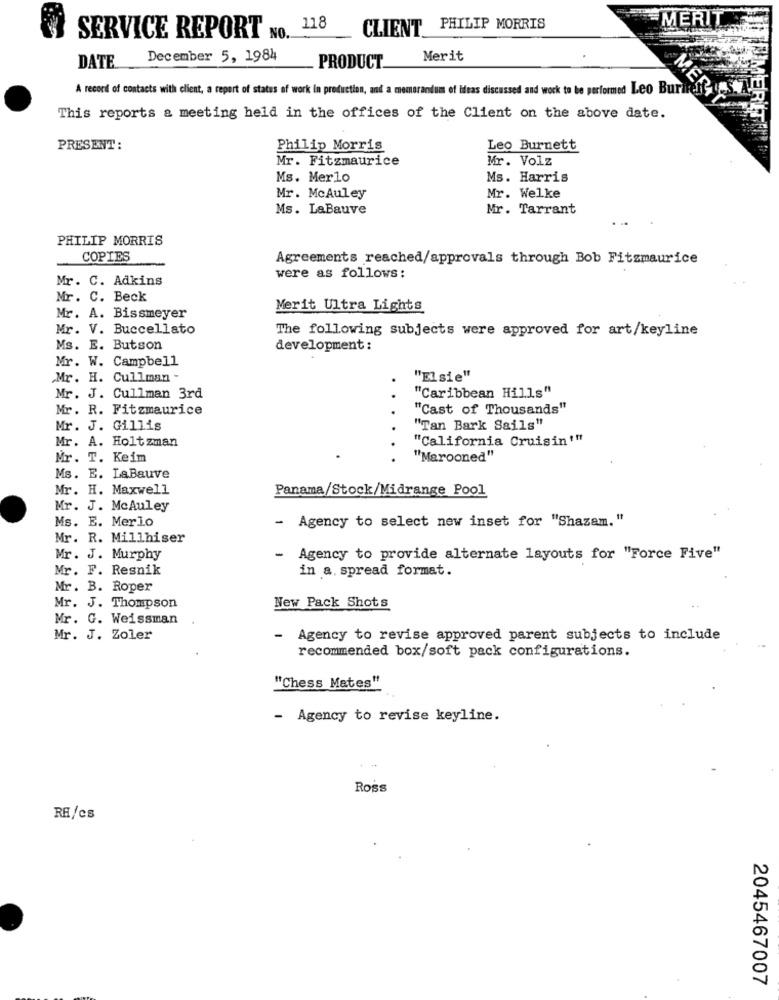
DEMERIT
118
CLIENT PHILIP MORRIS
SERVICE REPORT NO.
DATE
December 5, 1984
PRODUCT_
Merit
A record of contacts with client, a report of states of work in production, and a memorandum of Ideas discussed and work to be performed Leo Buri
ER
MERT
This reports a meeting held in the offices of the Client on the above date.
PRESENT :
Philip Morris
Leo Burnett
Mr. Fitzmaurice
Mr. Volz
Ms. Merlo
Ms. Harris
Mr. McAuley
Mr. Welke
Ms. LaBauve
Mr. Tarrant
PHILIP MORRIS
COPIES
Agreements reached/approvals through Bob Fitzmaurice
Mr. C. Adkins
were as follows:
Mr. C. Beck
Merit Ultra Lights
Mr. A. Bissmeyer
Mr. V. Buccellato
The following subjects were approved for art/keyline
Ms. E. Butson
development:
Mr. W. Campbell
Mr. H. Cullman
"ELsie"
Mr. J. Cullman 3rd
"Caribbean Hills"
Mr. R. Fitzmaurice
"Cast of Thousands"
Mr. J. Gillis
"Tan Bark Sails"
Mr. A. Holtzman
"California Cruisin'"
Mr. T. Keim
"Marooned"
Ms. E
LaBauve
Mr. H. Maxwell
Panama/Stock/Midrange Pool
Mr. J. McAuley
Ms. E. Merlo
-
Agency to select new inset for "Shazam. "
Mr. R. Millhiser
Mr. J. Murphy
- Agency to provide alternate layouts for "Force Five"
Mr. F. Resnik
in a. spread format.
Mr. B. Roper
Mr. J. Thompson
New Pack Shots
Mr. G. Weissman
Mr. J. Zoler
- Agency to revise approved parent subjects to include
recommended box/soft pack configurations.
"Chess Mates"
- Agency to revise keyline.
Ross
RE/cs
2045467007